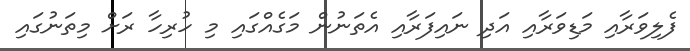
ފެލިވަރާއި މަޑިވަރާއި އަދި ނައިފަރާއި އެތަނުން މަގެއްގައި މި ހުރިހާ ރަށް މިތަނުގައި